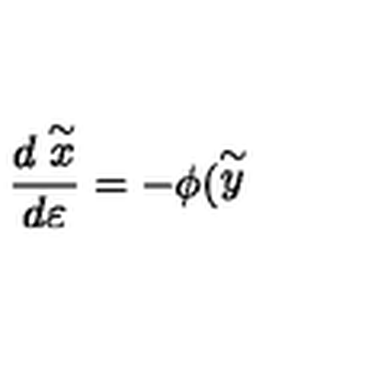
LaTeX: \frac { d \stackrel { \sim } { x } } { d \varepsilon } = - \phi ( \stackrel { \sim } { y }